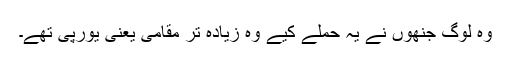
وہ لوگ جنھوں نے یہ حملے کیے وہ زیادہ تر مقامی یعنی یورپی تھے۔